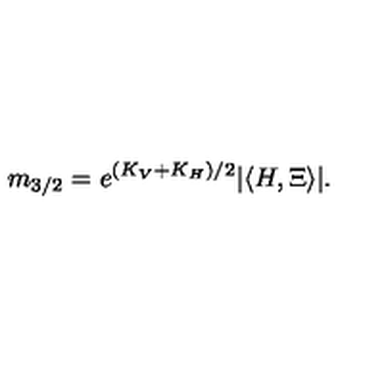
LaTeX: m _ { 3 / 2 } = e ^ { ( K _ { V } + K _ { H } ) / 2 } | \langle H , \Xi \rangle | .